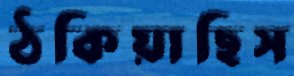
ঠকিয়াছিস